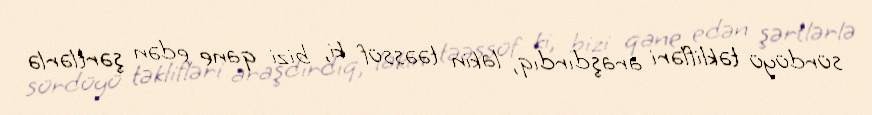
sürdüyü təklifləri araşdırdıq, lakin təəssüf ki, bizi qane edən şərtlərlə